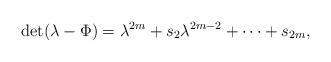
LaTeX: \begin{align*}\det(\lambda - \Phi) = \lambda^{2m} + s_2\lambda^{2m-2} + \cdots + s_{2m},\end{align*}